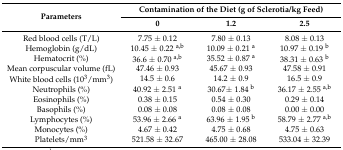
<table><thead><tr><td rowspan="2"><b>Parameters</b></td><td colspan="3"><b>Contamination of the Diet (g of Sclerotia/kg Feed)</b></td></tr><tr><td><b>0</b></td><td><b>1.2</b></td><td><b>2.5</b></td></tr></thead><tbody><tr><td>Red blood cells (T/L)</td><td>7.75 ± 0.12</td><td>7.80 ± 0.13</td><td>8.08 ± 0.13</td></tr><tr><td>Hemoglobin (g/dL)</td><td>10.45 ± 0.22 <sup>a,b</sup></td><td>10.09 ± 0.21 <sup>a</sup></td><td>10.97 ± 0.19 <sup>b</sup></td></tr><tr><td>Hematocrit (%)</td><td>36.6 ± 0.70 <sup>a,b</sup></td><td>35.52 ± 0.87 <sup>a</sup></td><td>38.31 ± 0.63 <sup>b</sup></td></tr><tr><td>Mean corpuscular volume (fL)</td><td>47.46 ± 0.93</td><td>45.67 ± 0.93</td><td>47.58 ± 0.91</td></tr><tr><td>White blood cells (10<sup>3</sup>/mm<sup>3</sup>)</td><td>14.5 ± 0.6</td><td>14.2 ± 0.9</td><td>16.5 ± 0.9</td></tr><tr><td>Neutrophils (%)</td><td>40.92 ± 2.51 <sup>a</sup></td><td>30.67± 1.84 <sup>b</sup></td><td>36.17 ± 2.55 <sup>a,b</sup></td></tr><tr><td>Eosinophils (%)</td><td>0.38 ± 0.15</td><td>0.54 ± 0.30</td><td>0.29 ± 0.14</td></tr><tr><td>Basophils (%)</td><td>0.08 ± 0.08</td><td>0.08 ± 0.08</td><td>0.00 ± 0.00</td></tr><tr><td>Lymphocytes (%)</td><td>53.96 ± 2.66 <sup>a</sup></td><td>63.96 ± 1.95 <sup>b</sup></td><td>58.79 ± 2.77 <sup>a,b</sup></td></tr><tr><td>Monocytes (%)</td><td>4.67 ± 0.42</td><td>4.75 ± 0.68</td><td>4.75 ± 0.63</td></tr><tr><td>Platelets/mm<sup>3</sup></td><td>521.58 ± 32.67</td><td>465.00 ± 28.08</td><td>533.04 ± 32.39</td></tr></tbody></table>